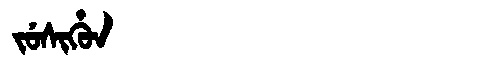
Manchu: ᠵᡠᠰᡳᡥᡠᠨ
Romanization: JUSIHUN